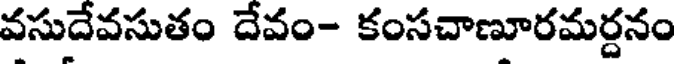
వసుదేవసుతం దేవం- కంసచాణూరమర్దనం